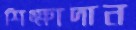
শিক্ষাদান